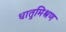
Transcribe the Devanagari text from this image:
धातुमिश्रण